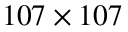
1 0 7 \times 1 0 7